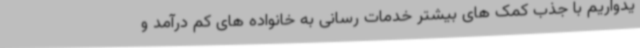
یدواریم با جذب کمک های بیشتر خدمات رسانی به خانواده های کم درآمد و